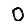
Digit: 0